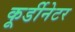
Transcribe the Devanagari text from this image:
कूर्डीनेटर